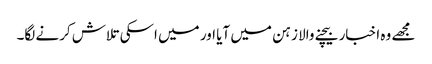
مجھے وہ اخبار بیچنے والا زہن میں آیا اور میں اسکی تلاش کرنے لگا۔